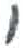
אות: י